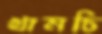
খামচি